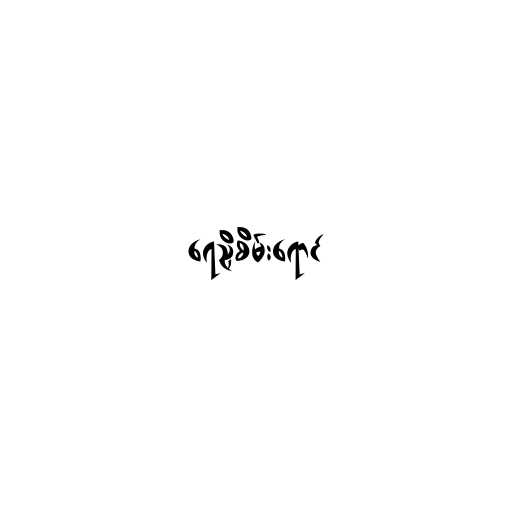
ရေညှိစိမ်းရောင်